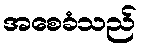
အစေခံသည်